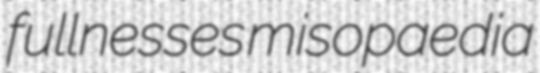
fullnesses misopaedia